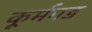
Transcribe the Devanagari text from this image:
कूर्मगड